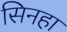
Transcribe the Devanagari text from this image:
सिनहा